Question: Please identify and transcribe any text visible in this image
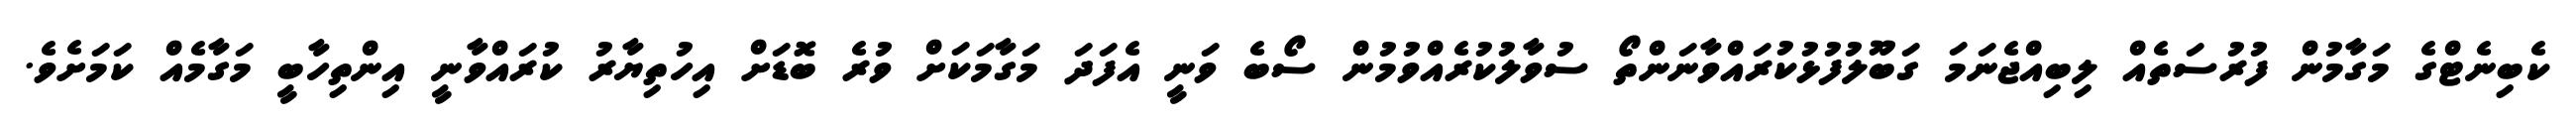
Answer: ކެބިނެޓްގެ މަގާމުން ފުރުސަތެއް ލިބިއްޖެނަމަ ގަބޫލުފުޅުކުރައްވާނަންތޯ ސުވާލުކުރެއްވުމުން ސޯބެ ވަނީ އެފަދަ މަގާމަކަށް ވުރެ ބޮޑަށް އިހުތިޔާރު ކުރައްވާނީ އިންތިހާބީ މަގާމެއް ކަމަށެވެ.